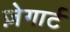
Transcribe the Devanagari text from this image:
ज़ेगार्ट